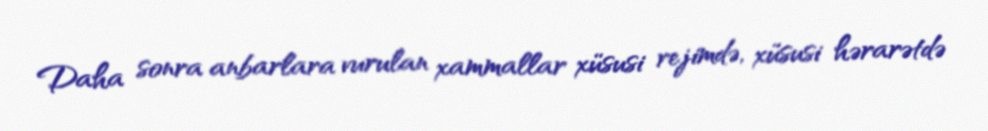
Daha sonra anbarlara vurulan xammallar xüsusi rejimdə, xüsusi hərarətdə